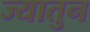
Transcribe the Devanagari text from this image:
ज्यातुन